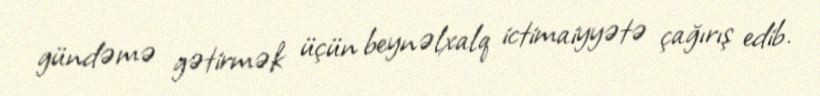
gündəmə gətirmək üçün beynəlxalq ictimaiyyətə çağırış edib.